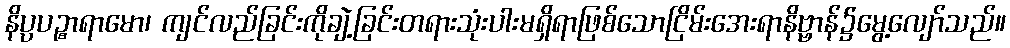
နိပ္ပပဉ္စာရာမော၊ ကျင်လည်ခြင်းကိုချဲ့ခြင်းတရားသုံးပါးမရှိရာဖြစ်သောငြိမ်းအေးရာနိဗ္ဗာန်၌မွေ့လျော်သည်။